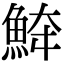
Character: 𩶮